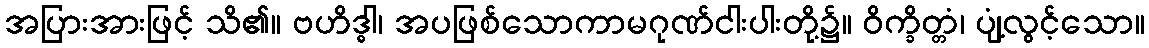
အပြားအားဖြင့် သိ၏။ ဗဟိဒ္ဓါ၊ အပဖြစ်သောကာမဂုဏ်ငါးပါးတို့၌။ ဝိက္ခိတ္တံ၊ ပျံ့လွင့်သော။